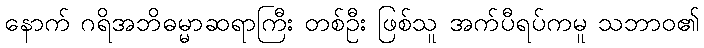
နောက် ဂရိအဘိဓမ္မာဆရာကြီး တစ်ဦး ဖြစ်သူ အက်ပီရပ်ကမူ သဘာဝ၏